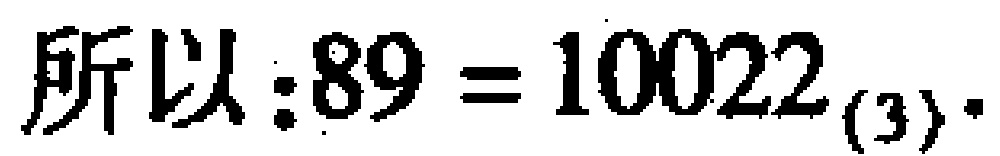
所以:$89 = 10022_{(3)}$.